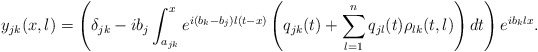
\begin{align*} y_{jk}(x,\l) = \left(\delta_{jk}-i b_j \int_{a_{jk}}^x e^{i (b_k-b_j) \l (t-x)}\left(q_{jk}(t) +\sum_{l=1}^n q_{jl}(t)\rho_{lk}(t,\l)\right)dt\right)e^{i b_k \l x}.\end{align*}